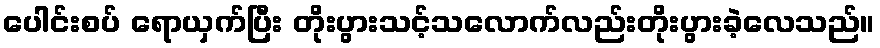
ပေါင်းစပ် ရောယှက်ပြီး တိုးပွားသင့်သလောက်လည်းတိုးပွားခဲ့လေသည်။